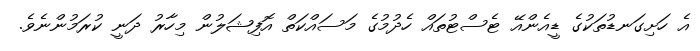
އެ ހަށިގަނޑުތަކުގެ ޑީއެންއޭ ޓެސްޓުތައް ހެދުމުގެ މަސައްކަތް އޮފިޝަލުން މިހާރު ދަނީ ކުރަމުންނެވެ.